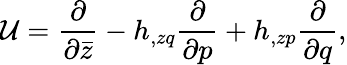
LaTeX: {\cal U}={\frac{\partial}{\partial\bar{z}}}-h_{,zq}{\frac{\partial}{\partial p}}+h_{,zp}{\frac{\partial}{\partial q}},